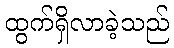
ထွက်ရှိလာခဲ့သည်